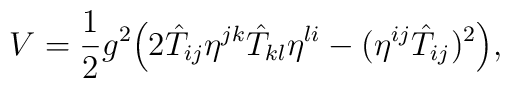
V=\frac{1}{2}g^2\Bigr(2\hat T_{ij}\eta^{jk}\hat T_{kl}\eta^{li}-(\eta^{ij}\hat T_{ij})^2\Bigr),